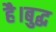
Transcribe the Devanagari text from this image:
है।बुद्ध